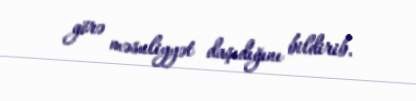
görə məsuliyyət daşıdığını bildirib.